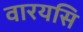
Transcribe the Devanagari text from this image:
वारयसि